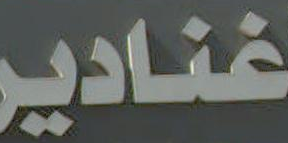
غنادير